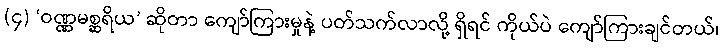
(၄) ‘ဝဏ္ဏမစ္ဆရိယ’ ဆိုတာ ကျော်ကြားမှုနဲ့ ပတ်သက်လာလို့ ရှိရင် ကိုယ်ပဲ ကျော်ကြားချင်တယ်၊